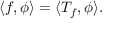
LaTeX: \langle f , \phi \rangle = \langle T _ { f } , \phi \rangle .